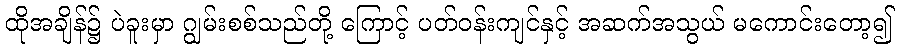
ထိုအချိန်၌ ပဲခူးမှာ ဂျွမ်းစစ်သည်တို့ ကြောင့် ပတ်ဝန်းကျင်နှင့် အဆက်အသွယ် မကောင်းတော့၍